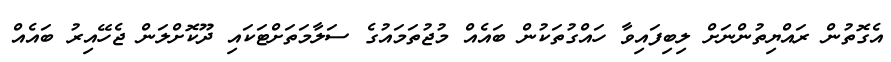
އެގޮތުން ރައްޔިތުންނަށް ލިބިފައިވާ ހައްގުތަކުން ބައެއް މުޖުތަމައުގެ ސަލާމަތަށްޓަކައި ދޫކޮށްލަން ޖެހޭއިރު ބައެއް